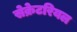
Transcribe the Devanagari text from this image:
सेक्रेटरियल